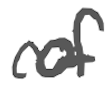
Text: of
Cross-out: wave
Writing tool: digital_gray